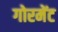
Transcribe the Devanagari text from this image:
गोरमेंट